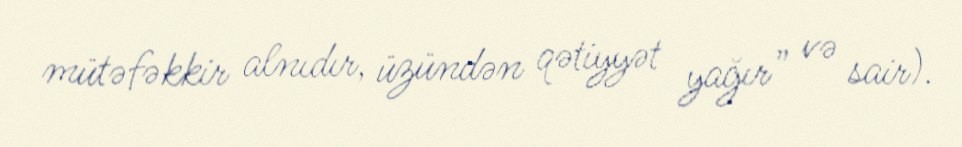
mütəfəkkir alnıdır, üzündən qətiyyət yağır” və sair).